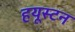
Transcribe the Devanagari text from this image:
हयूस्टन